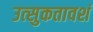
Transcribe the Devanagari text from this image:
उत्‍सुकतावशं